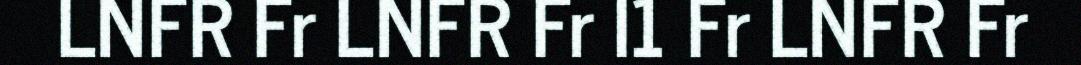
LNFR Fr LNFR Fr I1 Fr LNFR Fr